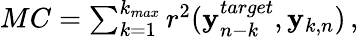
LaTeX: \begin{array}{r}{MC=\sum_{k=1}^{k_{max}}r^{2}({\mathbf y}_{n-k}^{target},{\mathbf y}_{k,n})\, ,}\end{array}